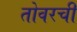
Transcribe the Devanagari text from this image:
तोवरची